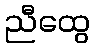
ညီထွေ